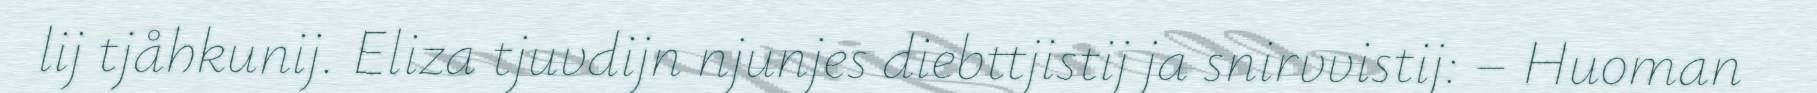
lij tjåhkunij. Eliza tjuvdijn njunjes diebttjistij ja snirvvistij: – Huoman